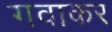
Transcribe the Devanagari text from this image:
गवाकर